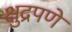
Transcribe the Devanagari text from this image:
क्षुद्रपणे